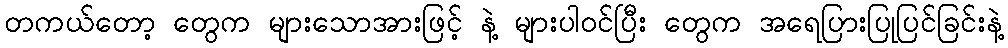
တကယ်တော့ တွေက များသောအားဖြင့် နဲ့ များပါဝင်ပြီး တွေက အရေပြားပြုပြင်ခြင်းနဲ့